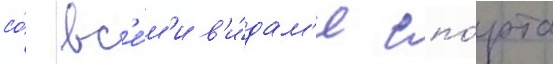
со́ вс'е́м'и в'и́дам'и спо́рта